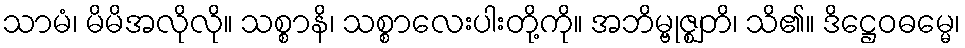
သာမံ၊ မိမိအလိုလို။ သစ္စာနိ၊ သစ္စာလေးပါးတို့ကို။ အဘိမ္ဗုဇ္ဈတိ၊ သိ၏။ ဒိဋ္ဌေဝဓမ္မေ၊